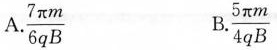
A.\frac{7πm}{6qB} B.\frac{5πm}{4qB}